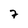
Character: 7